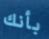
بأنك